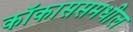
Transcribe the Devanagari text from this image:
कॉकाससमधील